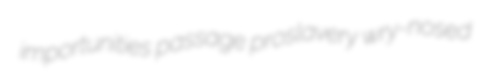
importunities passage proslavery wry-nosed